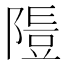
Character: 𨻭